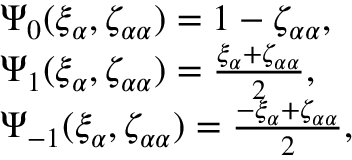
\begin{array} { r l } & { \Psi _ { 0 } ( \xi _ { \alpha } , \zeta _ { \alpha \alpha } ) = 1 - \zeta _ { \alpha \alpha } , } \\ & { \Psi _ { 1 } ( \xi _ { \alpha } , \zeta _ { \alpha \alpha } ) = \frac { \xi _ { \alpha } + \zeta _ { \alpha \alpha } } { 2 } , } \\ & { \Psi _ { - 1 } ( \xi _ { \alpha } , \zeta _ { \alpha \alpha } ) = \frac { - \xi _ { \alpha } + \zeta _ { \alpha \alpha } } { 2 } , } \end{array}